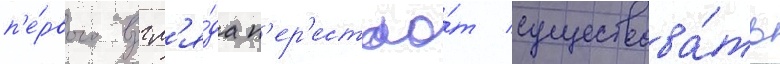
п'е́рвого взгл'я́да п'ер'естао́т существова́ть